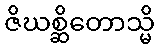
ဇိဃစ္ဆိတောသ္မိ